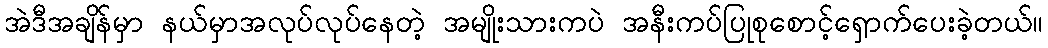
အဲဒီအချိန်မှာ နယ်မှာအလုပ်လုပ်နေတဲ့ အမျိုးသားကပဲ အနီးကပ်ပြုစုစောင့်ရှောက်ပေးခဲ့တယ်။